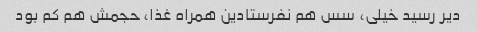
دیر رسید خیلی، سس هم نفرستادین همراه غذا، حجمش هم کم بود